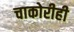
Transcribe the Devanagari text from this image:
चाकोरीही